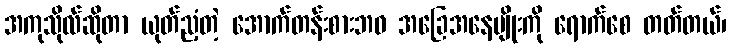
အကုသိုလ်ဆိုတာ ယုတ်ညံ့တဲ့ အောက်တန်းစားဘဝ အခြေအနေမျိုးကို ရောက်စေ တတ်တယ်၊